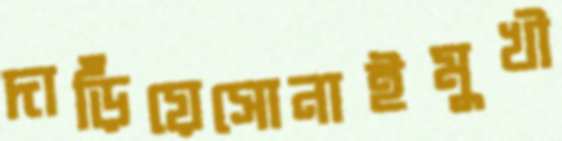
দাড়িঁয়েসোনাইমুখী